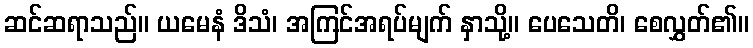
ဆင်ဆရာသည်။ ယမေနံ ဒိသံ၊ အကြင်အရပ်မျက် နှာသို့။ ပေသေတိ၊ စေလွှတ်၏။